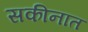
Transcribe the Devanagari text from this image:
सकीनात